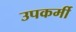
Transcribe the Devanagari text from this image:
उपकर्मी